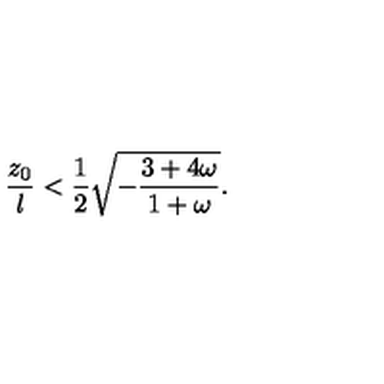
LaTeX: { \frac { z _ { 0 } } { l } } < { \frac { 1 } { 2 } } \sqrt { - { \frac { 3 + 4 \omega } { 1 + \omega } } } .